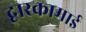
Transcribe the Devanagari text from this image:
द्वारकामाई